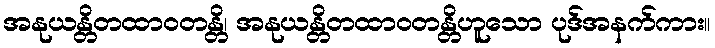
အနုယန္တိတထာဝတန္တိ၊ အနုယန္တိတထာဝတန္တိဟူသော ပုဒ်အနက်ကား။